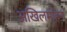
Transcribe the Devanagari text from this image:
अखिलमोहन